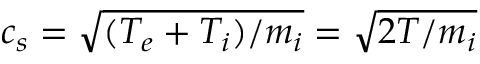
c _ { s } = \sqrt { ( T _ { e } + T _ { i } ) / m _ { i } } = \sqrt { 2 T / m _ { i } }